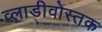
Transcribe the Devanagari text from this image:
व्लाडीवोस्तक